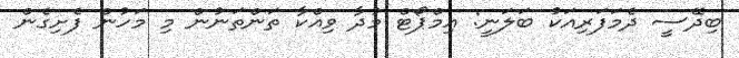
ބިދޭސީ ދެމަފަރިއަކު ބަލަނީ: އިމްޕޯޓް މުދާ ވިއްކާ ތަންތަނުން މި މަހުން ފެށިގެން